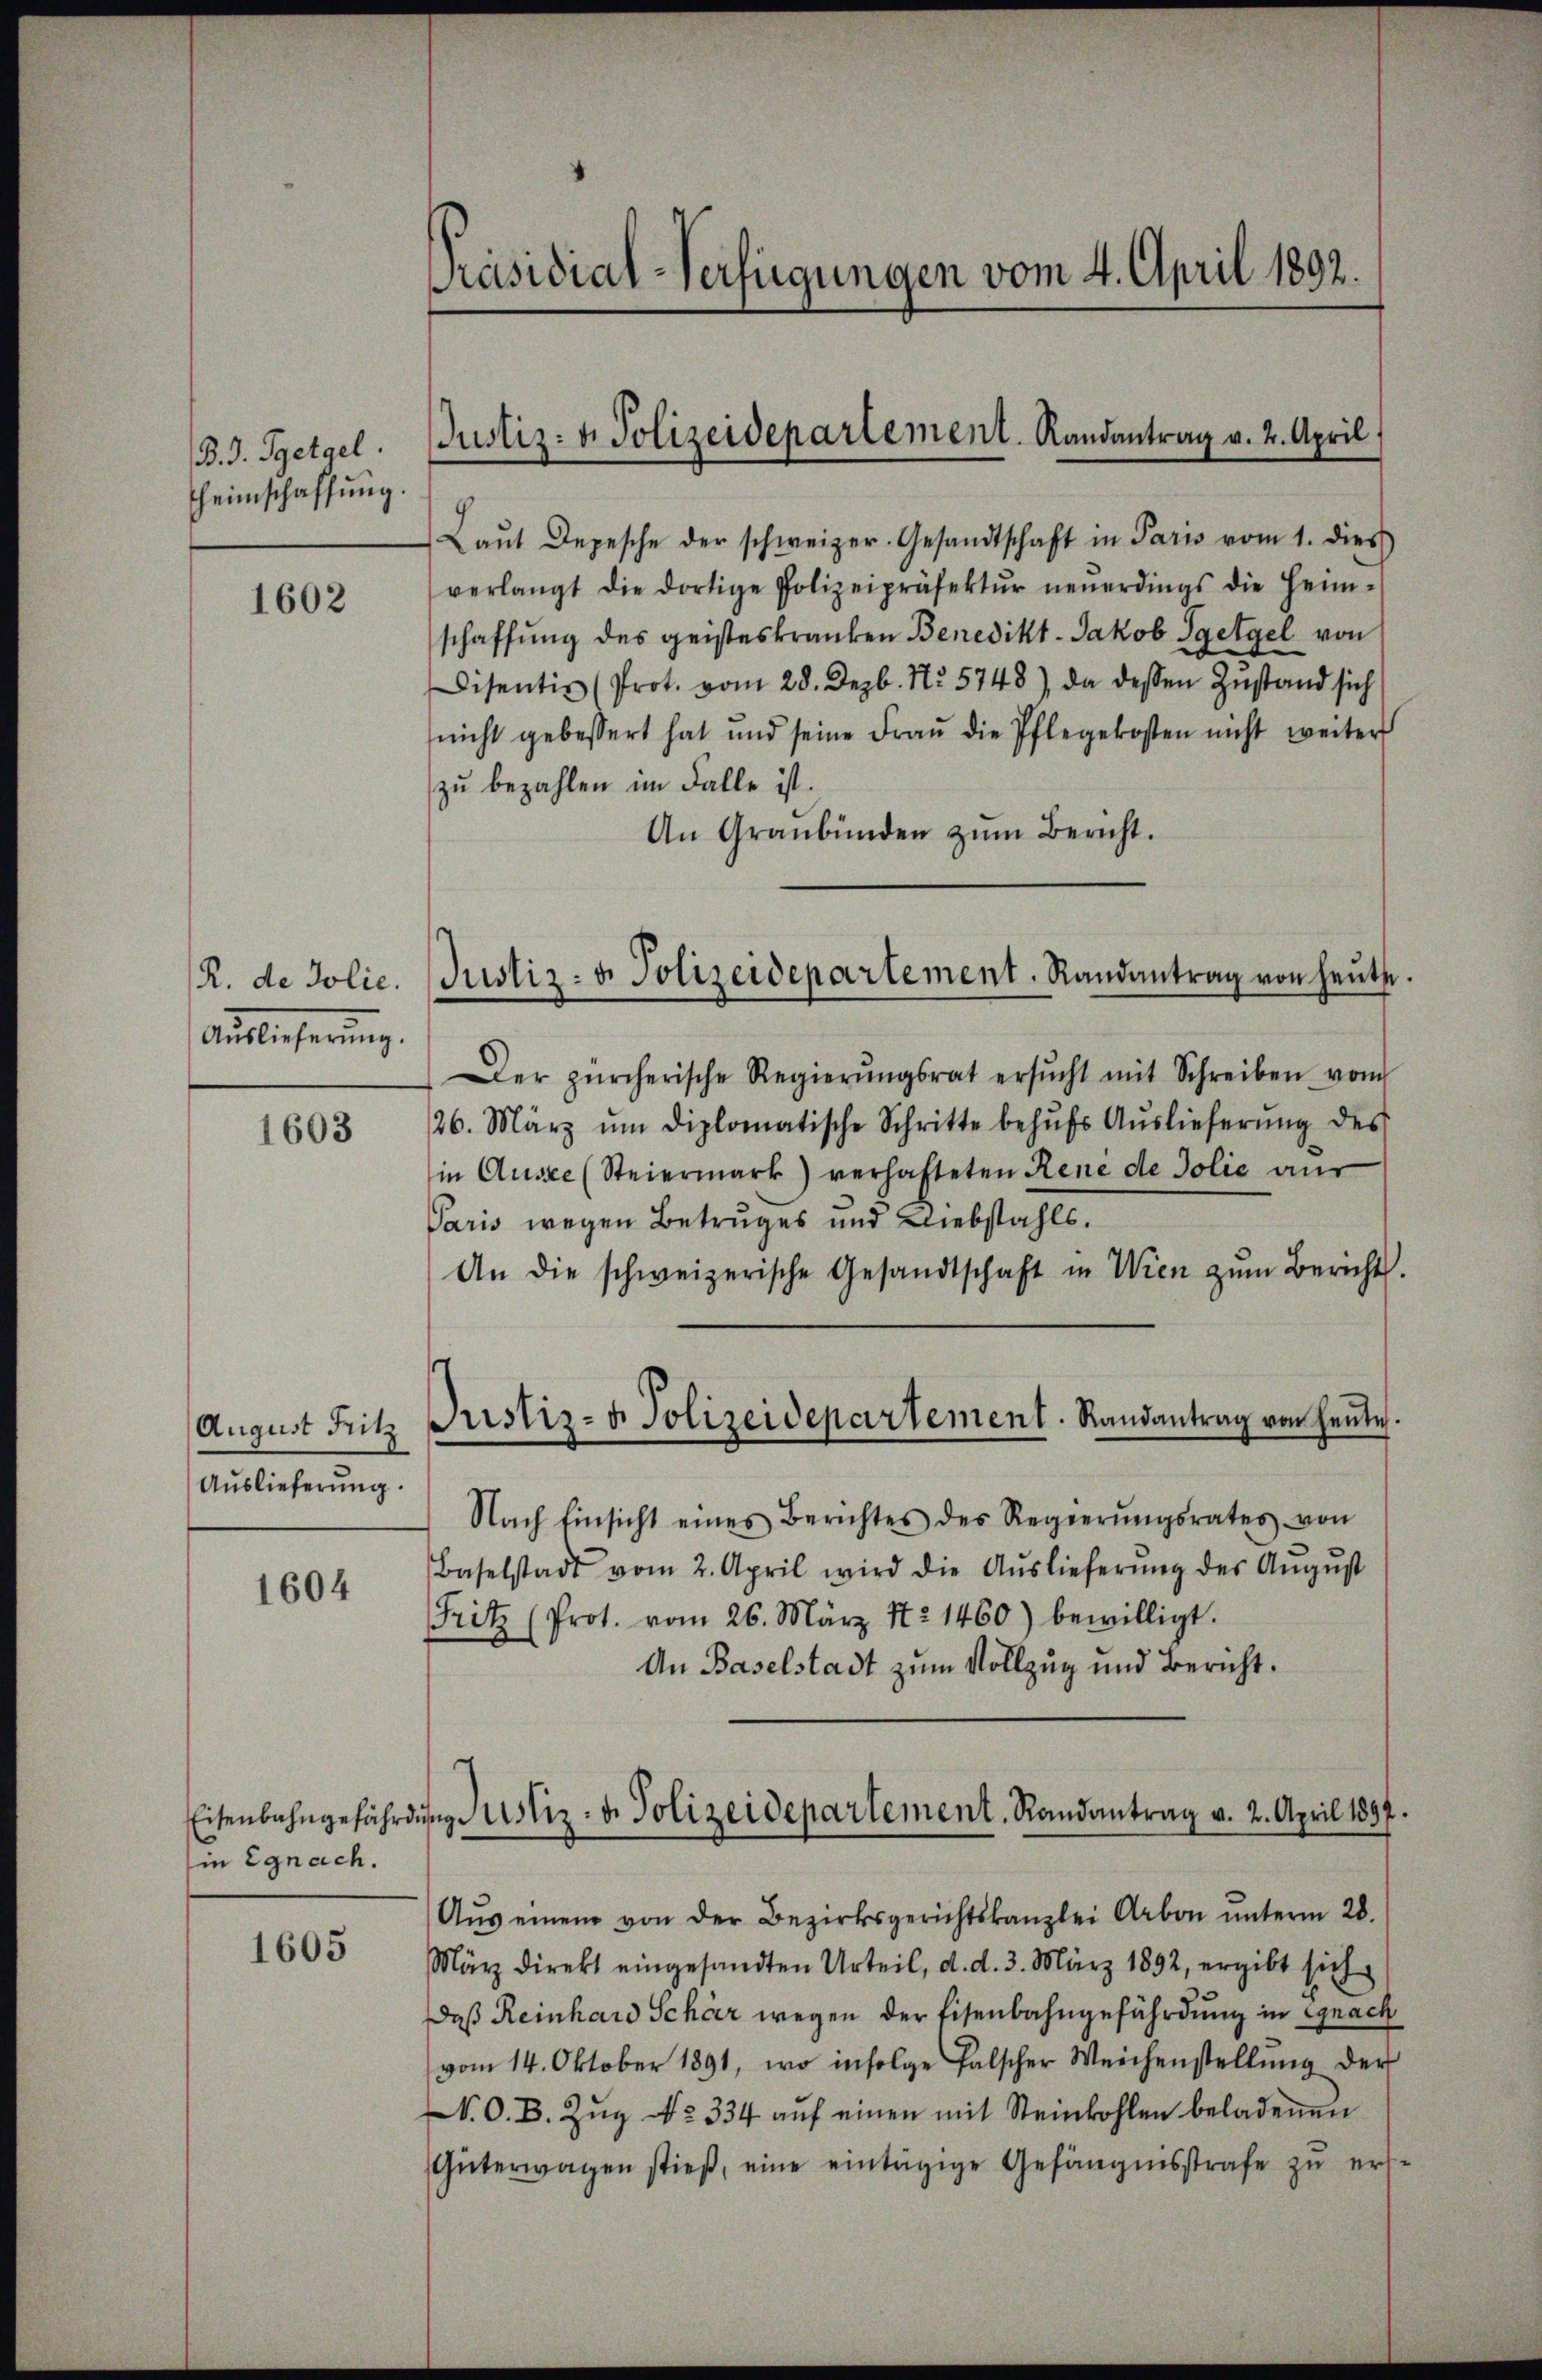
B. J. Ggetgel.
heimschaffung.

1602

R. de Jolie.
Auslieferung.

1603

August Fritz
Auslieferung.

1604

in Egnach.

1605

Präsidial-Verfügungen vom 4. April 1892.

Justiz- u. Polizeidepartement. Randantrag v. 2. April

Justiz- & Polizeidepartement. Randantrag von heŭte.

Justiz- & Polizeidepartement. Randantrag von heŭte.

Aŭs einem von der Bezirksgerichtskanzlei Arbon ŭnterm 28.
März direkt eingesandten Urteil, d. d. 3. März 1892, ergibt sich
Daß Reinhard Scheer wegen der Eisenbahngefährdung in Egnach
vom 14. Oktober 1891, wo infolge falscher Weichenstellŭng der
N. O. B. Zŭg No 334 aŭf einen mit Steinkohlen beladenen
Güterwagen stieß, eine eintägige Gefängnisstrafe zŭ ers¬

Laŭt Depesche der schweizer. Gesandtschaft in Paris vom 1. dies
verlangt die dortige Polizeipräfektŭr neŭerdings die Heim-
schaffung des geisteskranken Benedikt-Jakob Sgetgel von
Disentin (Prot. vom 28. Dezb. No. 5748), da dessen Zustand sich
(nicht gebessert hat und seine Fraŭ die Pflegekosten nicht weiter
zu bezahlen im Falle ist.
An Graubünden zŭm Bericht.
Der zürcherische Regierŭngsrat ersŭcht mit Schreiben vom
26. März ŭm diplomatische Schritte behŭfs Aŭslieferŭng des
in Ausse (Steiermark) verhafteten René de Jolie aus
Paris wegen Betruges und Liebstahls.
An die schweizerische Gesandtschaft in Wien zŭm Bericht.
Nach Einsicht eines Berichtes des Regierŭngsrates von
Baselstadt vom 2. April wird die Aŭslieferŭng des Aŭgŭst
Fritz (Prot. vom 26. März. No 1460) bewilligt.
An Baselstadt zum Vollzug und Bericht.

Eisenbahngefährdung ustiz- u. Polizeidepartement. Randantrag v. 2. April 1897